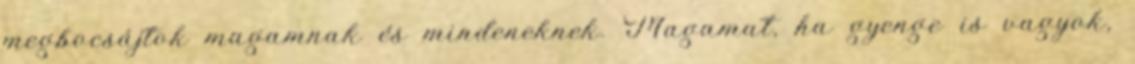
megbocsájtok magamnak és mindeneknek. Magamat, ha gyenge is vagyok,